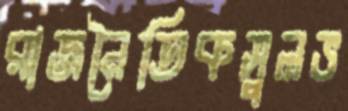
রাজনৈতিকসুলভ